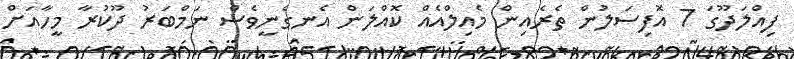
ފިއްލަދޫގަ 7 އޮފިސަލުން ތެރެއިން މެއިލްއެއް ކޮއްލަން އެނގެނީވެސް ނަމްބަރު ދޫކުރާ މީހާއަށް